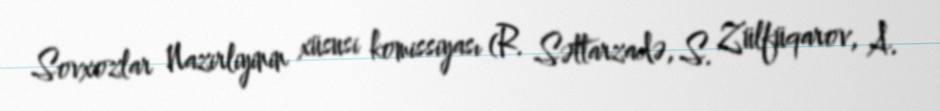
Sovxozlar Nazirliyinin xüsusi komissiyası (R. Səttarzadə, S. Zülfüqarov, A.